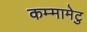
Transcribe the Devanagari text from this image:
कम्‍मामेटु